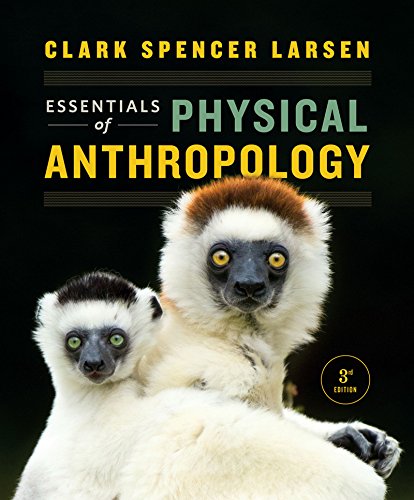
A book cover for Essentials of Physical Anthropology (Third Edition); Clark Spencer Larsen; Politics & Social Sciences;